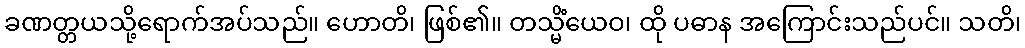
ခဏတ္တယသို့ရောက်အပ်သည်။ ဟောတိ၊ ဖြစ်၏။ တသ္မိံယေဝ၊ ထို ပဓာန အကြောင်းသည်ပင်။ သတိ၊